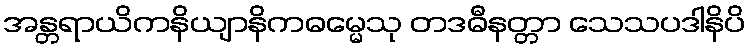
အန္တရာယိကနိယျာနိကဓမ္မေသု တဒဓီနတ္တာ သေသပဒါနိပိ